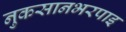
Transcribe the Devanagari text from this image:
नुकसानभरपाइ